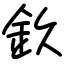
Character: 𨥆